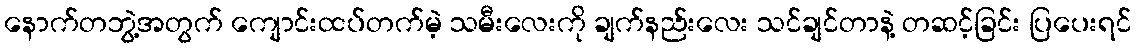
နောက်တဘွဲ့အတွက် ကျောင်းထပ်တက်မဲ့ သမီးလေးကို ချက်နည်းလေး သင်ချင်တာနဲ့ တဆင့်ခြင်း ပြပေးရင်